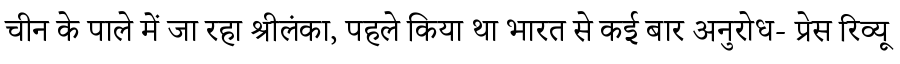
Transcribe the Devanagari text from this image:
चीन के पाले में जा रहा श्रीलंका, पहले किया था भारत से कई बार अनुरोध- प्रेस रिव्यू